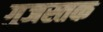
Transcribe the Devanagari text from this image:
गुजस्तक